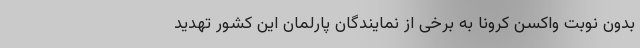
بدون نوبت واکسن کرونا به برخی از نمایندگان پارلمان این کشور تهدید